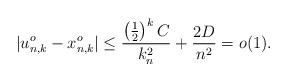
LaTeX: \begin{align*}|u^o_{n,k} - x^o_{n,k}|\leq \frac{\left(\frac{1}{2}\right)^k C}{k_n^2} + \frac{2D}{n^2} =o(1).\end{align*}